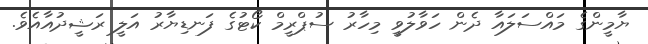
ޔާމީންގެ މައްސަލައާ ދެން ހަވާލުވީ މިހާރު ސުޕްރީމް ކޯޓުގެ ފަނޑިޔާރު އަލީ ރަޝީދުއާއެވެ.